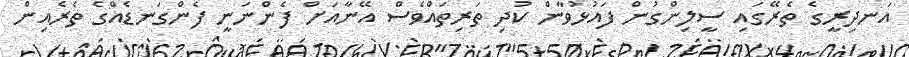
އަނދިރީގެ ތެރޭގައި ސީލިންގުން ފައުޅުވާން ކުދި ތަރިތައްވެސް އޭނާއަށް ފެންނަނީ ފެންގަނޑެއްގެ ތެރެއިން